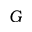
G